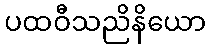
ပထဝီသညိနိယော